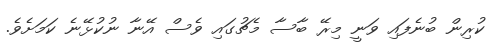
ކުރިން ބުނެފައި ވަނީ މިރޭ ބާސާ މެޗުގައި ވެސް އޭނާ ނުކުޅޭނެ ކަމަށެވެ.